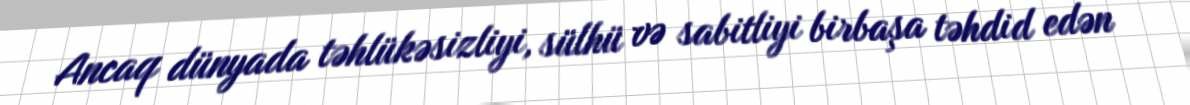
Ancaq dünyada təhlükəsizliyi, sülhü və sabitliyi birbaşa təhdid edən